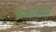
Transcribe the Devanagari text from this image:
अंकासठी